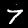
Label: 7